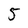
Character: 5